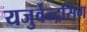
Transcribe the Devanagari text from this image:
यजुर्वेन्द्रसिंग